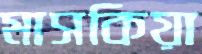
মাসকিয়া